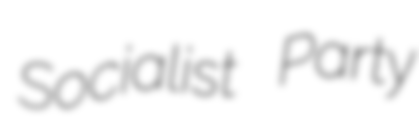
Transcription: Socialist Party